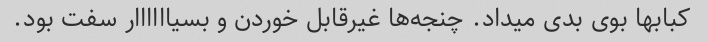
کبابها بوی بدی میداد. چنجه‌ها غیرقابل خوردن و بسیاااااار سفت بود.